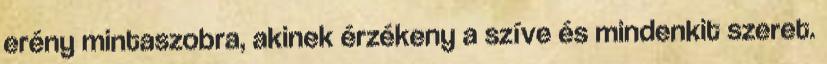
erény mintaszobra, akinek érzékeny a szíve és mindenkit szeret.